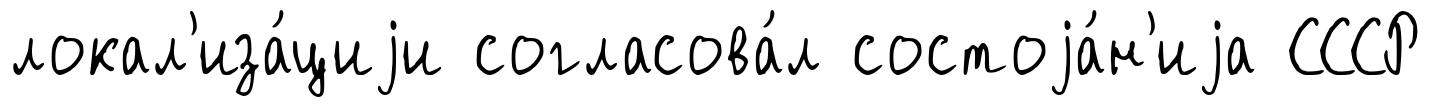
локал'иза́циjи согласова́л состоjа́н'иjа СССР